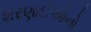
શરણાઈઓનો